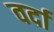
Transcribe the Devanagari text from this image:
वर्दा